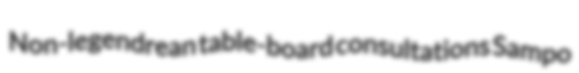
Non-legendrean table-board consultations Sampo